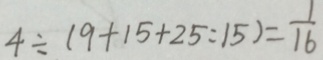
4 \div ( 9 + 1 5 + 2 5 : 1 5 ) = \frac { 1 } { 1 6 }